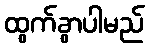
ထွက်ခွာပါမည်